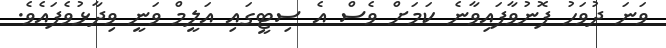
ވަނަ ދުވަހު ފޮނުވާފައިވާނެ ކަމަށް ވެސް އެ ސިޓީގައި އަލީމް ވަނީ ވިދާޅުވެފައެވެ.